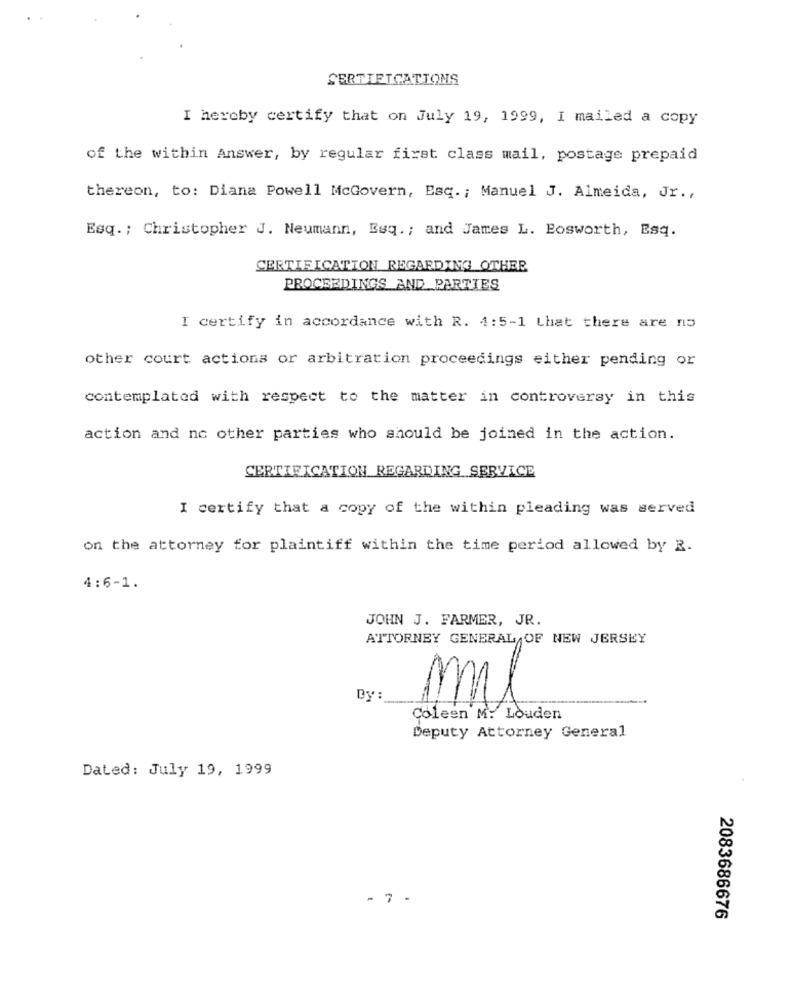
CERTIETCATIONS
I hereby certify that on July 19, 1999, I mailed a copy
of the within Answer, by regular first class mail, postage prepaid
thereon, to: Diana Powell McGovern, Esq. ; Manuel J. Almeida, Jr .,
Esq. ; Christopher J. Neumann, Esq. ; and James L. Bosworth, Esq.
CERTIFICATION REGARDING OTHER
PROCEEDINGS AND PARTIES
I certify in accordance with R. 4:5-1 that there are no
other court actions or arbitration proceedings either pending or
contemplated with respect to the matter in controversy in this
action and no other parties who should be joined in the action.
CERTIFICATION REGARDING SERVICE
I certify that a copy of the within pleading was served
on the attorney for plaintiff within the time period allowed by 2.
4:6-1.
JOHN J. FARMER, JR.
ATTORNEY GENERAL,OF NEW JERSEY
By :
mil
Coleen M: Louden
Deputy Attorney General
Dated: July 19, 1999
- 7 -
2083686676